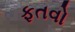
ફતવો